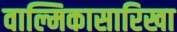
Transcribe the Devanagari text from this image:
वाल्मिकासारिखा